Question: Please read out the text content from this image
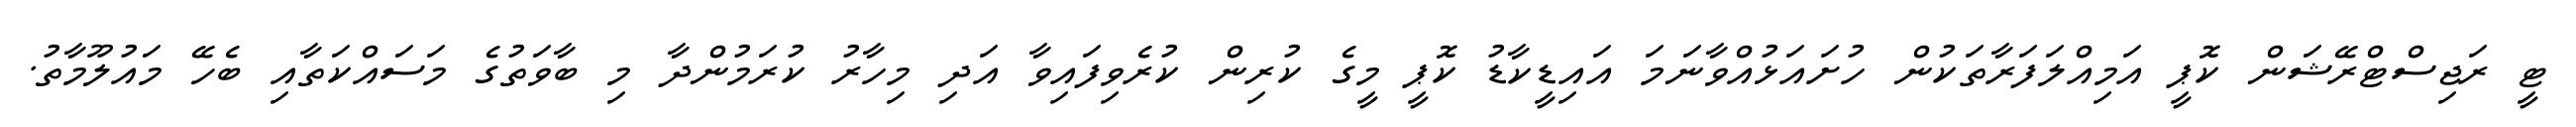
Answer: ޓީ ރަޖިސްޓްރޭޝަން ކޮޕީ އަމިއްލަފަރާތަކުން ހުށައަޅުއްވާނަމަ އައިޑީކާޑު ކޮޕީ މީގެ ކުރިން ކުރެވިފައިވާ އަދި މިހާރު ކުރަމުންދާ މި ބާވަތުގެ މަސައްކަތާއި ބެހޭ މައުލޫމާތު.